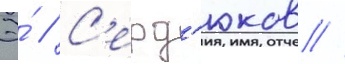
Э́ // С'ерд'юков //